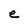
Character: e